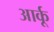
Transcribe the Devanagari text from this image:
आर्कू